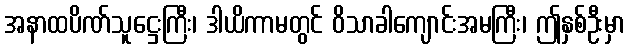
အနာထပိဏ်သူဋ္ဌေးကြီး၊ ဒါယိကာမတွင် ဝိသာခါကျောင်းအမကြီး၊ ဤနှစ်ဦးမှာ